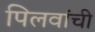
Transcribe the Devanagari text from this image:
पिलवांची